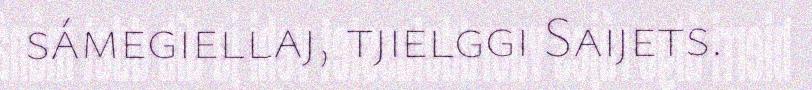
sámegiellaj, tjielggi Saijets.